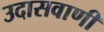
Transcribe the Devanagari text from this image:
उदासवाणी